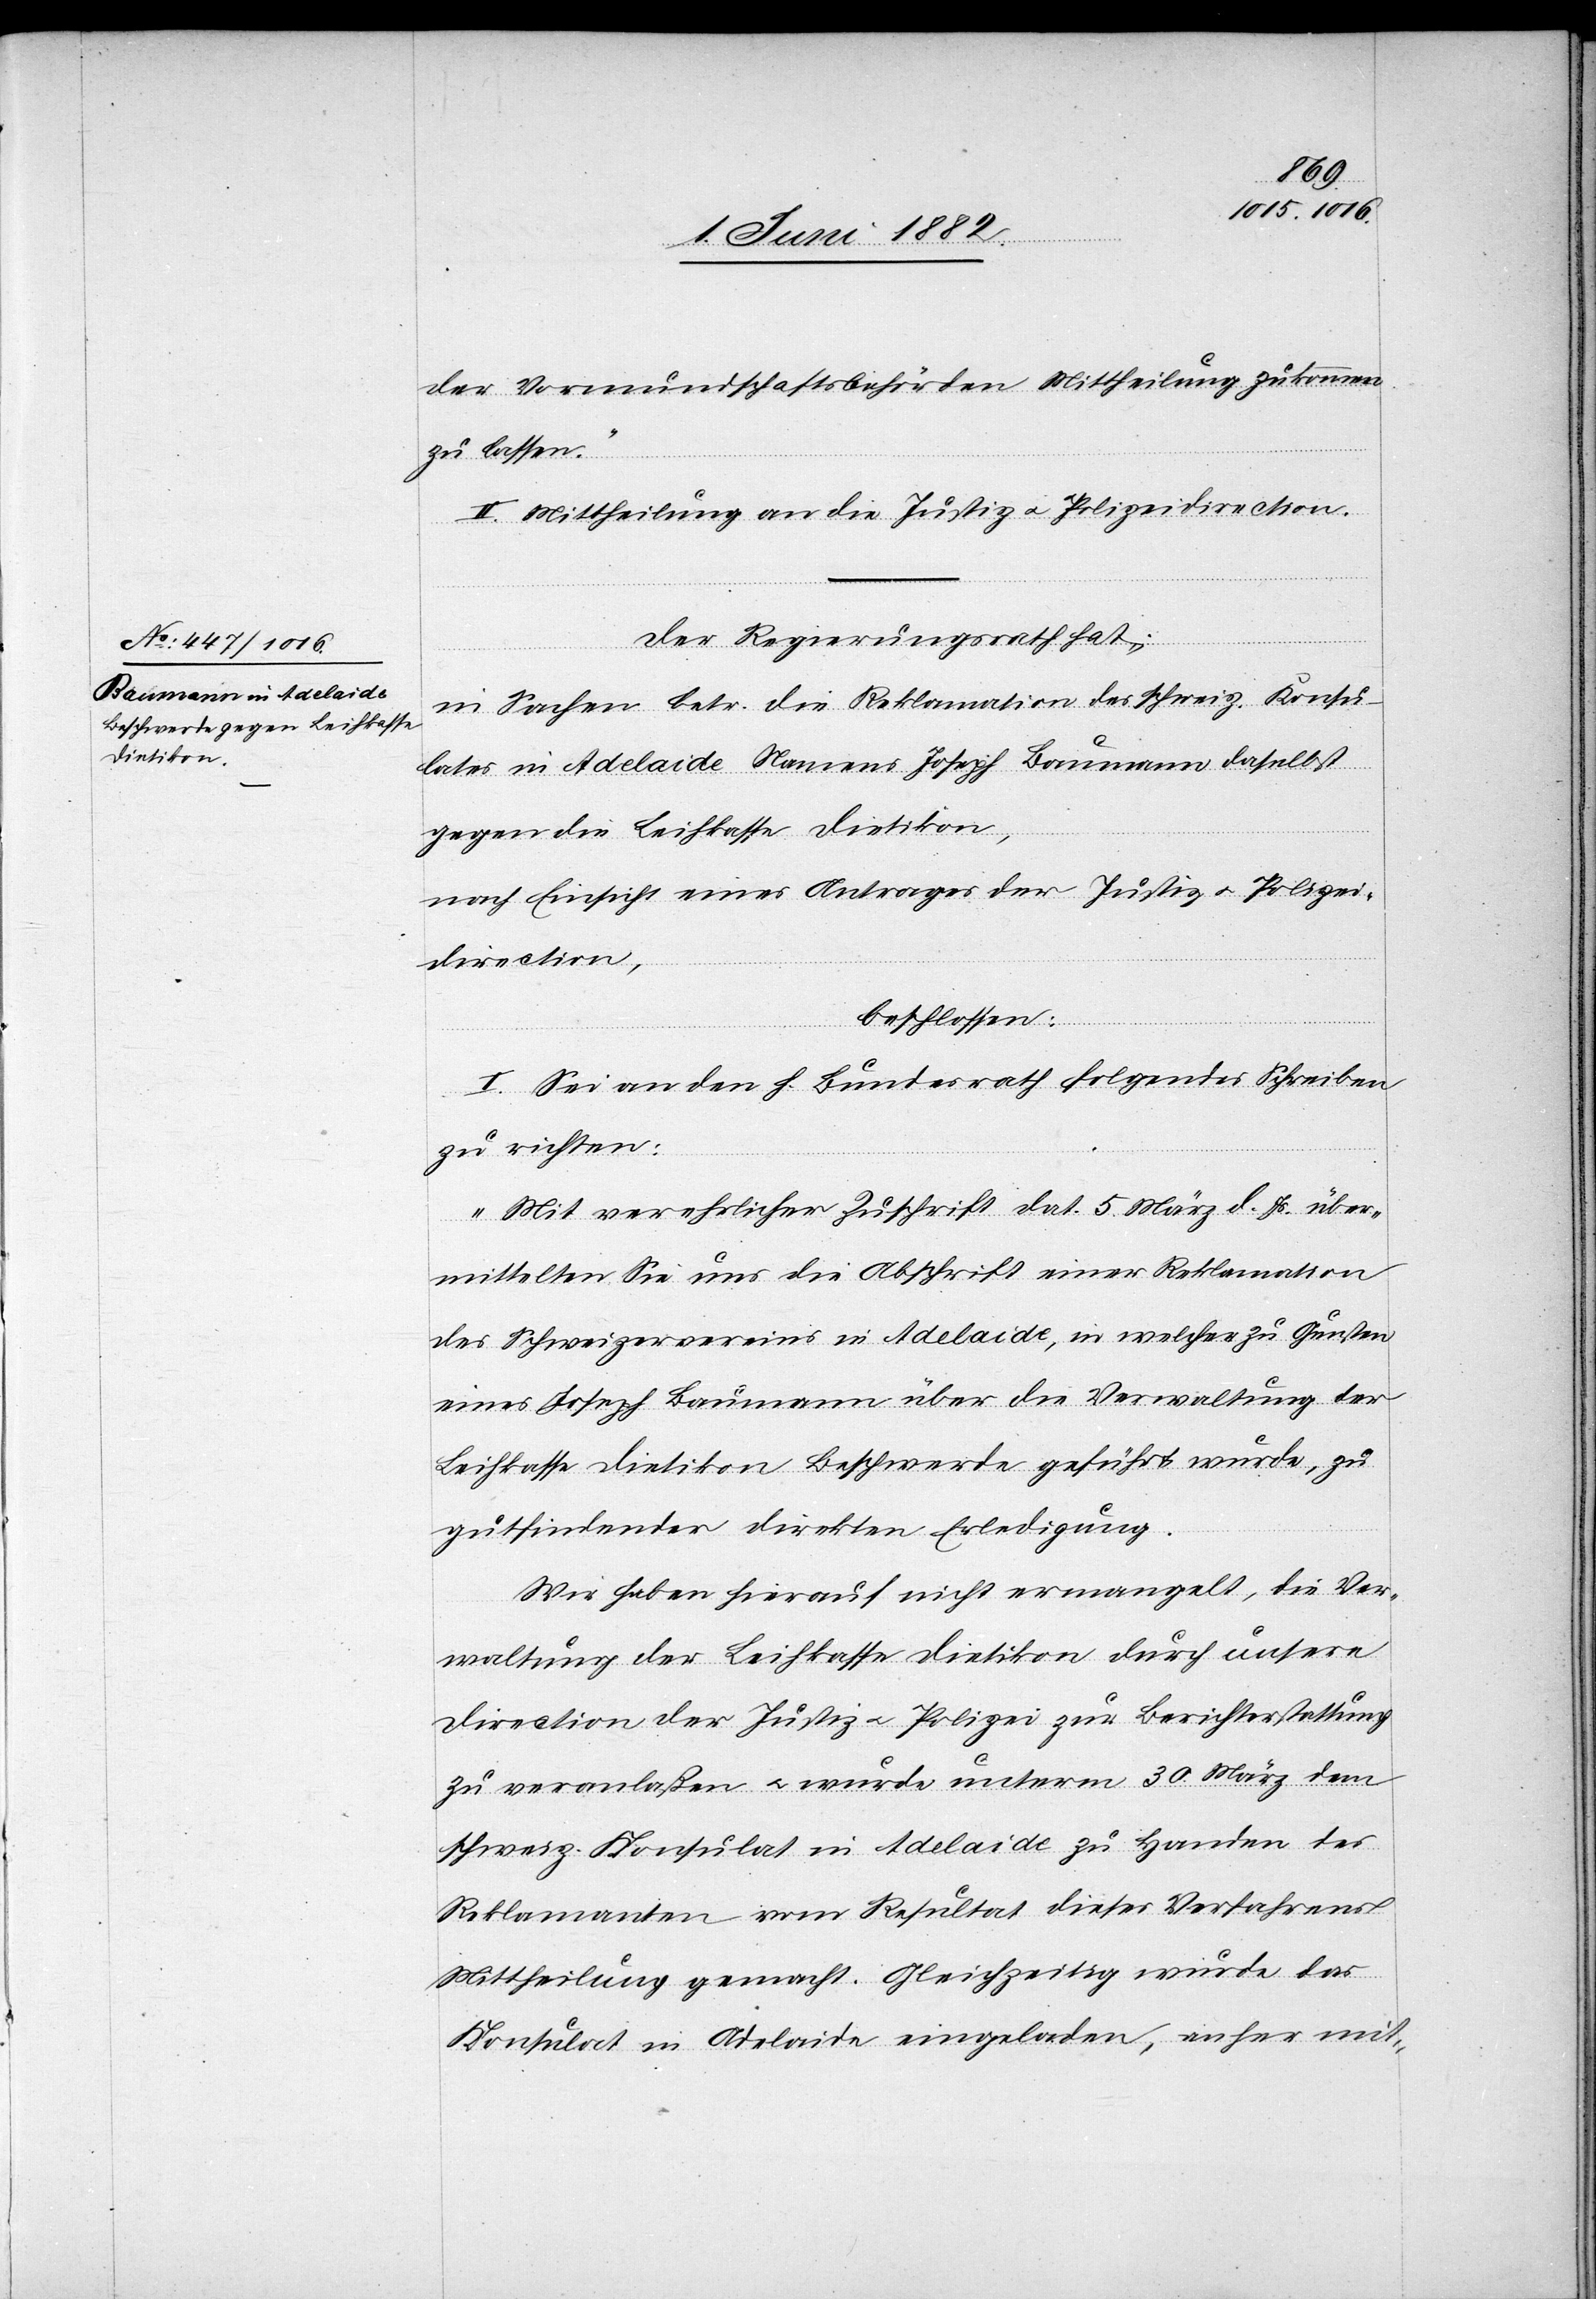
der Vormundschaftsbehörden Mittheilung zukommen
zu lassen.“
II. Mittheilung an die Justiz[-] u. Polizeidirection.
Der Regierungsrath hat,
in Sachen betr. die Reklamation des schweiz. Konsu¬
lates in Adelaide Namens Joseph Baumann daselbst
gegen die Leihkasse Dietikon,
nach Einsicht eines Antrages der Justiz- u. Polizei¬
direction,
beschlossen:
I. Sei an den h. Bundesrath folgendes Schreiben
zu richten:
„Mit verehrlicher Zuschrift dat. 5. März d. Js. über¬
mittelten Sie uns die Abschrift einer Reklamation
des Schweizervereins in Adelaide, in welcher zu Gunsten
eines Joseph Baumann über die Verwaltung der
Leihkasse Dietikon Beschwerde geführt wurde, zu
gutfindender direkten Erledigung.
Wir haben hierauf nicht ermangelt, die Ver¬
waltung der Leihkasse Dietikon durch unsere
Direction der Justiz u. Polizei zur Berichterstattung
zu veranlaßen u. wurde unterm 30. März dem
schweiz. Konsulat in Adelaide zu Handen des
Reklamanten vom Resultat dieses Verfahrens
Mittheilung gemacht. Gleichzeitig wurde das
Konsulat in Adelaide eingeladen, anher mit-